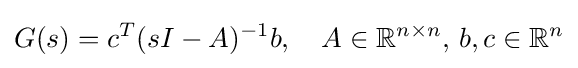
G(s)=c^{T}(sI-A)^{-1}b,\quad A\in \mathbb {R} ^{n\times n},\,b,c\in \mathbb {R} ^{n}